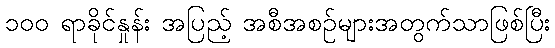
၁၀၀ ရာခိုင်နှုန်း အပြည့် အစီအစဉ်များအတွက်သာဖြစ်ပြီး